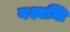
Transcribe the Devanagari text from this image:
नश्यन्ति